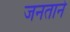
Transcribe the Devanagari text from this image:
जनताने